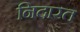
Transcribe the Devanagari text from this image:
निदारत